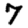
Digit: 7